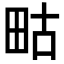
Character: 𭻇